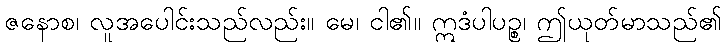
ဇနောစ၊ လူအပေါင်းသည်လည်း။ မေ၊ ငါ၏။ ဣဒံပါပဉ္စ၊ ဤယုတ်မာသည်၏